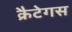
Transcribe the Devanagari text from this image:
क्रैटेगस